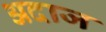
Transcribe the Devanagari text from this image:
अदाज